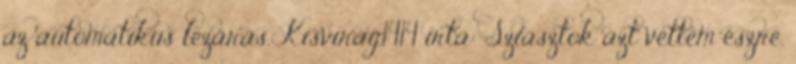
az automatikus lezárás. Kisvirág1414 írta: Sziasztok azt vettem észre,